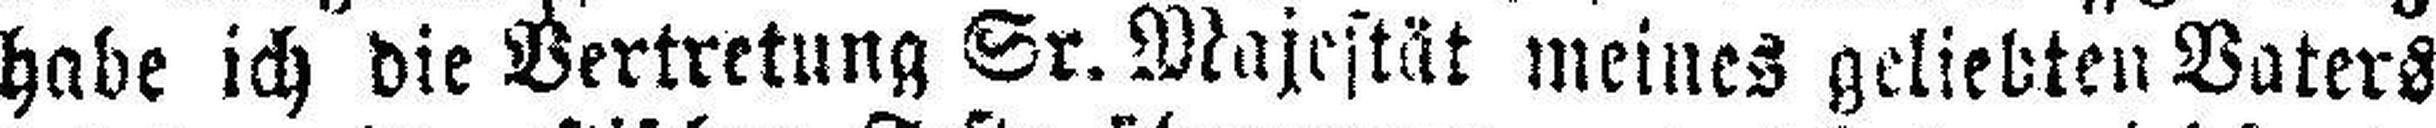
habe ich die Vertretung Sr. Majestät meines geliebten Vaters